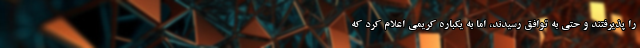
را پذیرفتند و حتی به توافق رسیدند، اما به یکباره کریمی اعلام کرد که